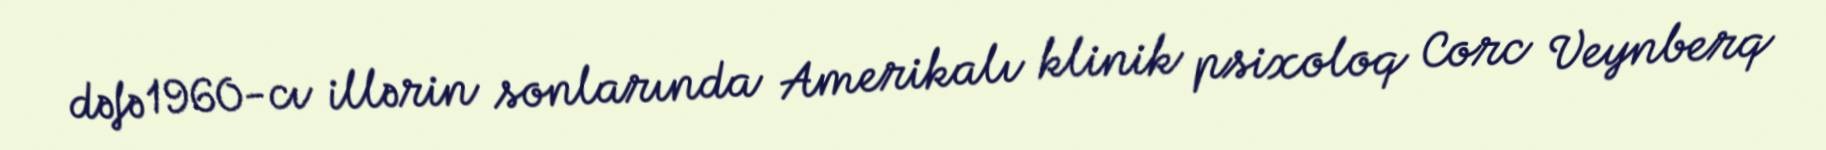
dəfə 1960-cı illərin sonlarında Amerikalı klinik psixoloq Corc Veynberq